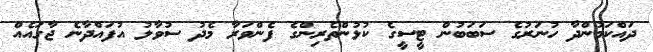
ދައްކަމުންދާ ހުނަރުގެ ސަބަބުން ޓީސީގެ ކުޅުންތެރިންގެ ފެންވަރާ މެދު ސުވާލު އުފައްދާނެ ޖާގައެއް